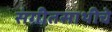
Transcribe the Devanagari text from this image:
संगीतसाथीचे